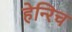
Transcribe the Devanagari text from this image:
हेन्‍रिच